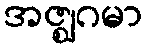
အဇ္ဈဂမာ